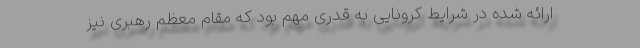
ارائه شده در شرایط کرونایی به قدری مهم بود که مقام معظم رهبری نیز